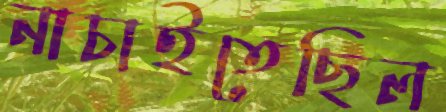
নাচাইতেছিল